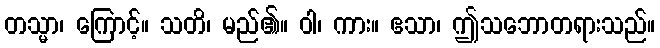
တသ္မာ၊ ကြောင့်။ သတိ၊ မည်၏။ ဝါ၊ ကား။ ဧသာ၊ ဤသဘောတရားသည်။